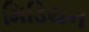
મિડિયન